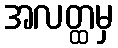
အလတ္ထမှ